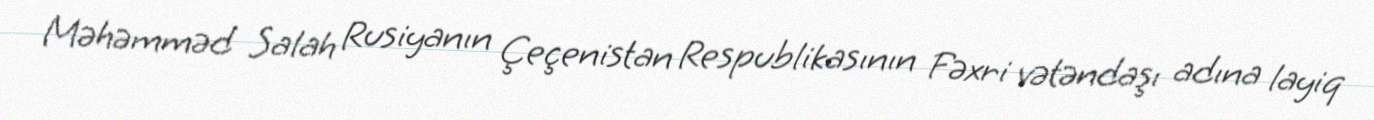
Məhəmməd Salah Rusiyanın Çeçenistan Respublikasının Fəxri vətəndaşı adına layiq